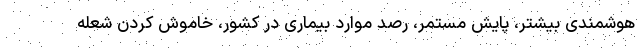
هوشمندی بیشتر، پایش مستمر، رصد موارد بیماری در کشور، خاموش کردن شعله